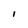
Character: I